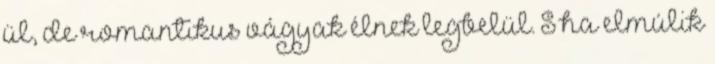
ül, de romantikus vágyak élnek legbelül. S ha elmúlik